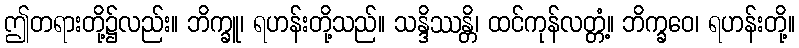
ဤတရားတို့၌လည်း။ ဘိက္ခူ၊ ရဟန်းတို့သည်။ သန္ဒိဿန္တိ၊ ထင်ကုန်လတ္တံ့။ ဘိက္ခဝေ၊ ရဟန်းတို့။